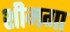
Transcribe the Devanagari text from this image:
शीमगा